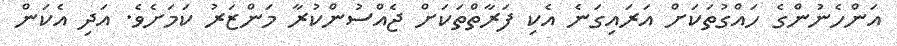
އަންހެނުންގެ ހައްގުތަކަށް އަރައިގަނެ އެކި ފަރާތްތަކަށް ޖެއްސުންކުރާ މަންޒަރު ކަމަށެވެ. އަދި އެކަން